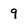
Character: 9